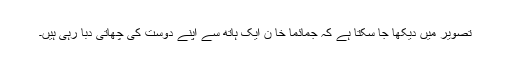
تصویر میں دیکھا جا سکتا ہے کہ جمائما خا ن ایک ہاتھ سے اپنے دوست کی چھاتی دبا رہی ہیں۔